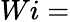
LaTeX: Wi=